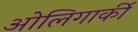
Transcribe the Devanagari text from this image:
ओलिगार्की